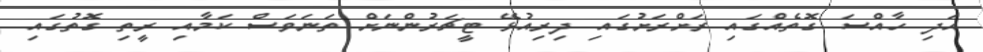
އަދި ހާއްސަ ގޮތެއްގައި ރަށްރަށުގައި ދިރިއުޅޭ ޓީޗަރުންނަށް ތަނަވަސް ކަމާއި ރީތި ގޮތުގައި